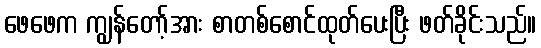
ဖေဖေက ကျွန်တော့်အား စာတစ်စောင်ထုတ်ပေးပြီး ဖတ်ခိုင်းသည်။